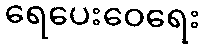
ရေပေးဝေရေး